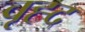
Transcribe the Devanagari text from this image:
वृह्द